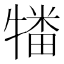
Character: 𰠻